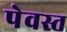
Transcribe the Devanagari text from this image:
पेवस्त